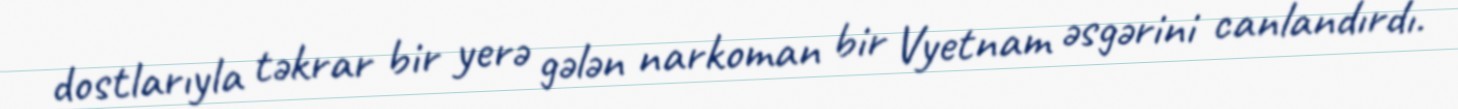
dostlarıyla təkrar bir yerə gələn narkoman bir Vyetnam əsgərini canlandırdı.